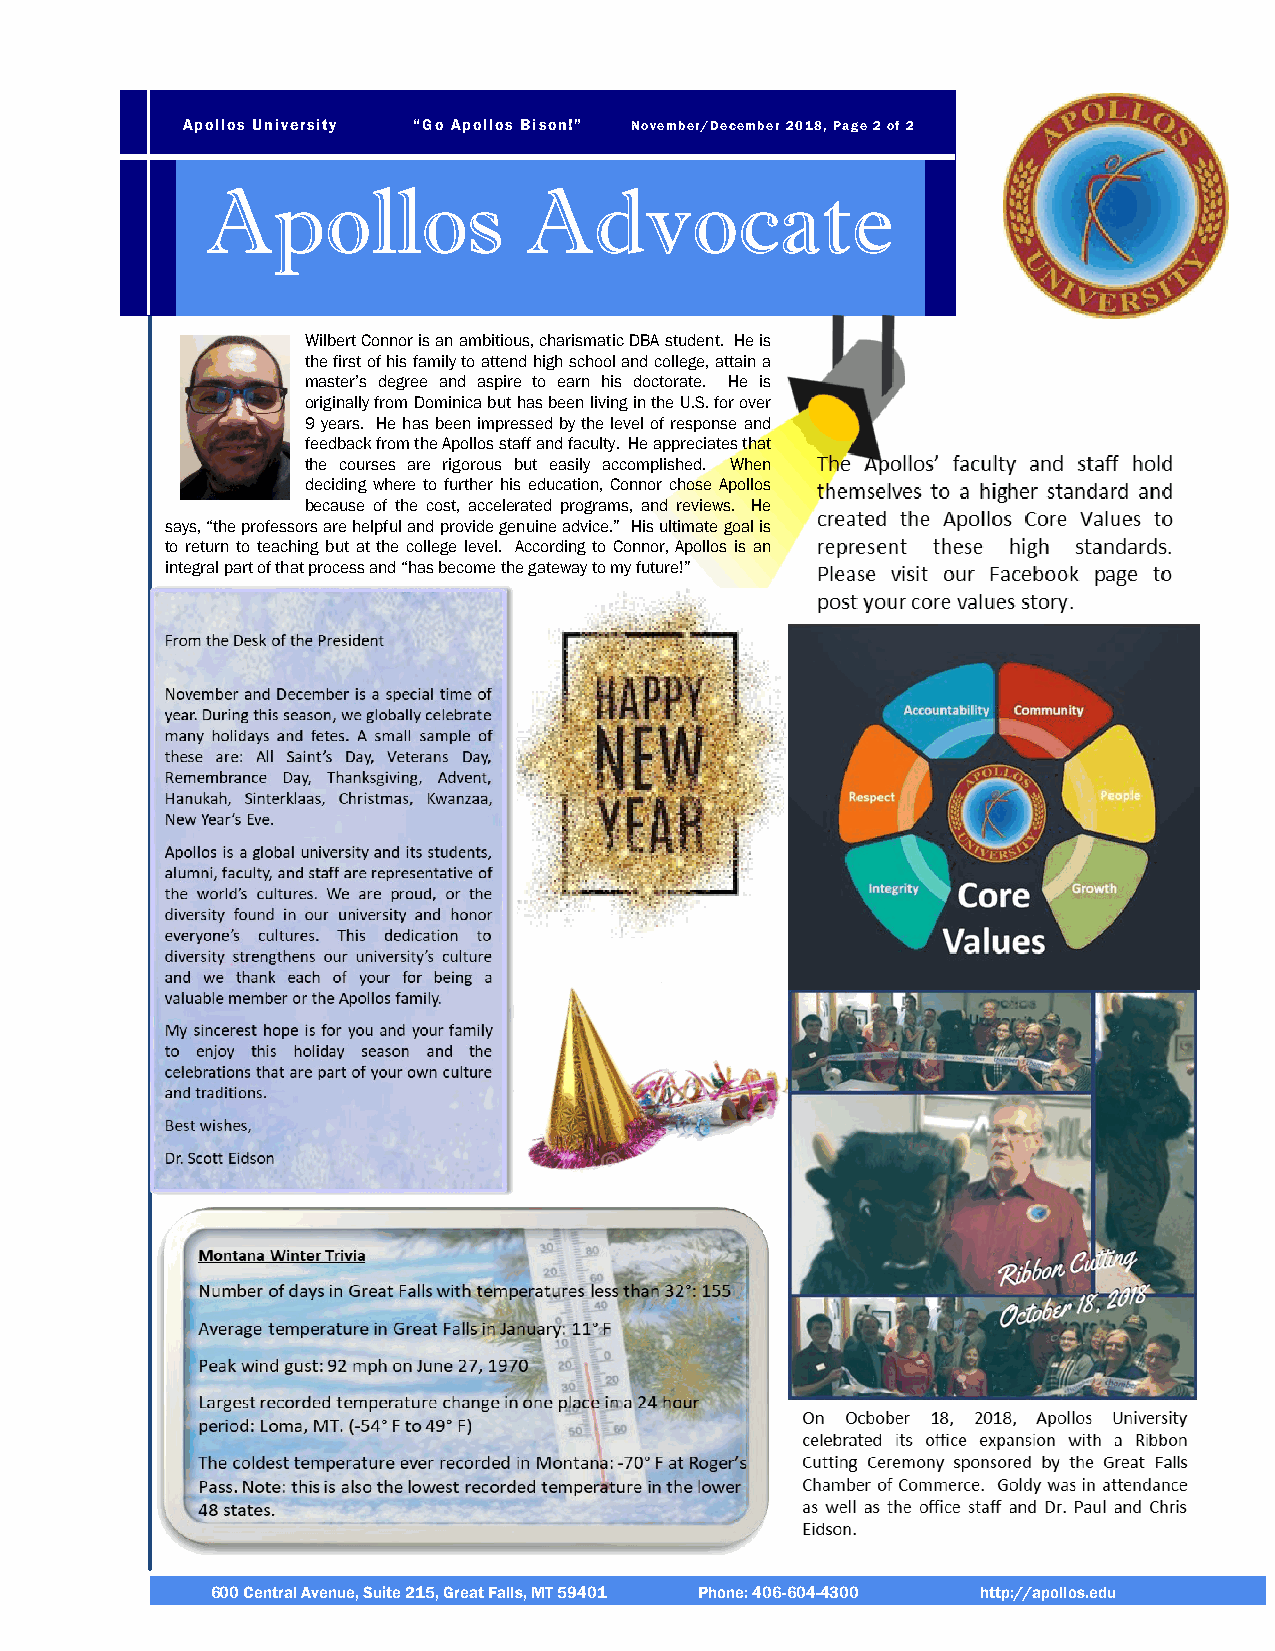
Apollos University “Go Apollos Bison!” November/December 2018, Page 2 of 2
 Apollos              Advocate
 Wilbert Connor is an ambitious, charismatic DBA student. He is
 the first of his family to attend high school and college, attain a
 master’s degree and aspire to earn his doctorate. He is
 originally from Dominica but has been living in the U.S. for over
 9 years. He has been impressed by the level of response and
 feedback from the Apollos staff and faculty. He appreciates that
 the courses are rigorous but easily accomplished. When
 deciding where to further his education, Connor chose Apollos
 because of the cost, accelerated programs, and reviews. He
 says, “the professors are helpful and provide genuine advice.” His ultimate goal is
 to return to teaching but at the college level. According to Connor, Apollos is an
 integral part of that process and “has become the gateway to my future!”
 600 Central Avenue, Suite 215, Great Falls, MT 59401 Phone: 406-604-4300 http://apollos.edu